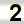
Digit: 2